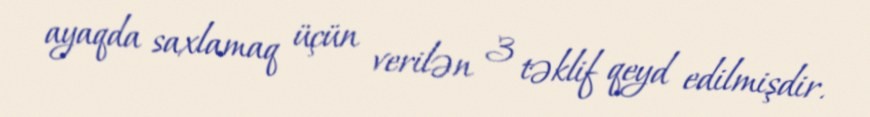
ayaqda saxlamaq üçün verilən 3 təklif qeyd edilmişdir.